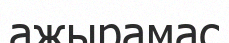
ажырамас